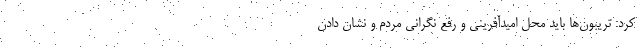
کرد: تریبون‌ها باید محل امیدآفرینی و رفع نگرانی مردم و نشان دادن